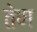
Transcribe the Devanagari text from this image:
तेण